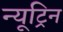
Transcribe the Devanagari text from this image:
न्यूट्रिन